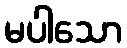
မပါသော